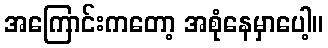
အကြောင်းကတော့ အစုံနေမှာပေါ့။